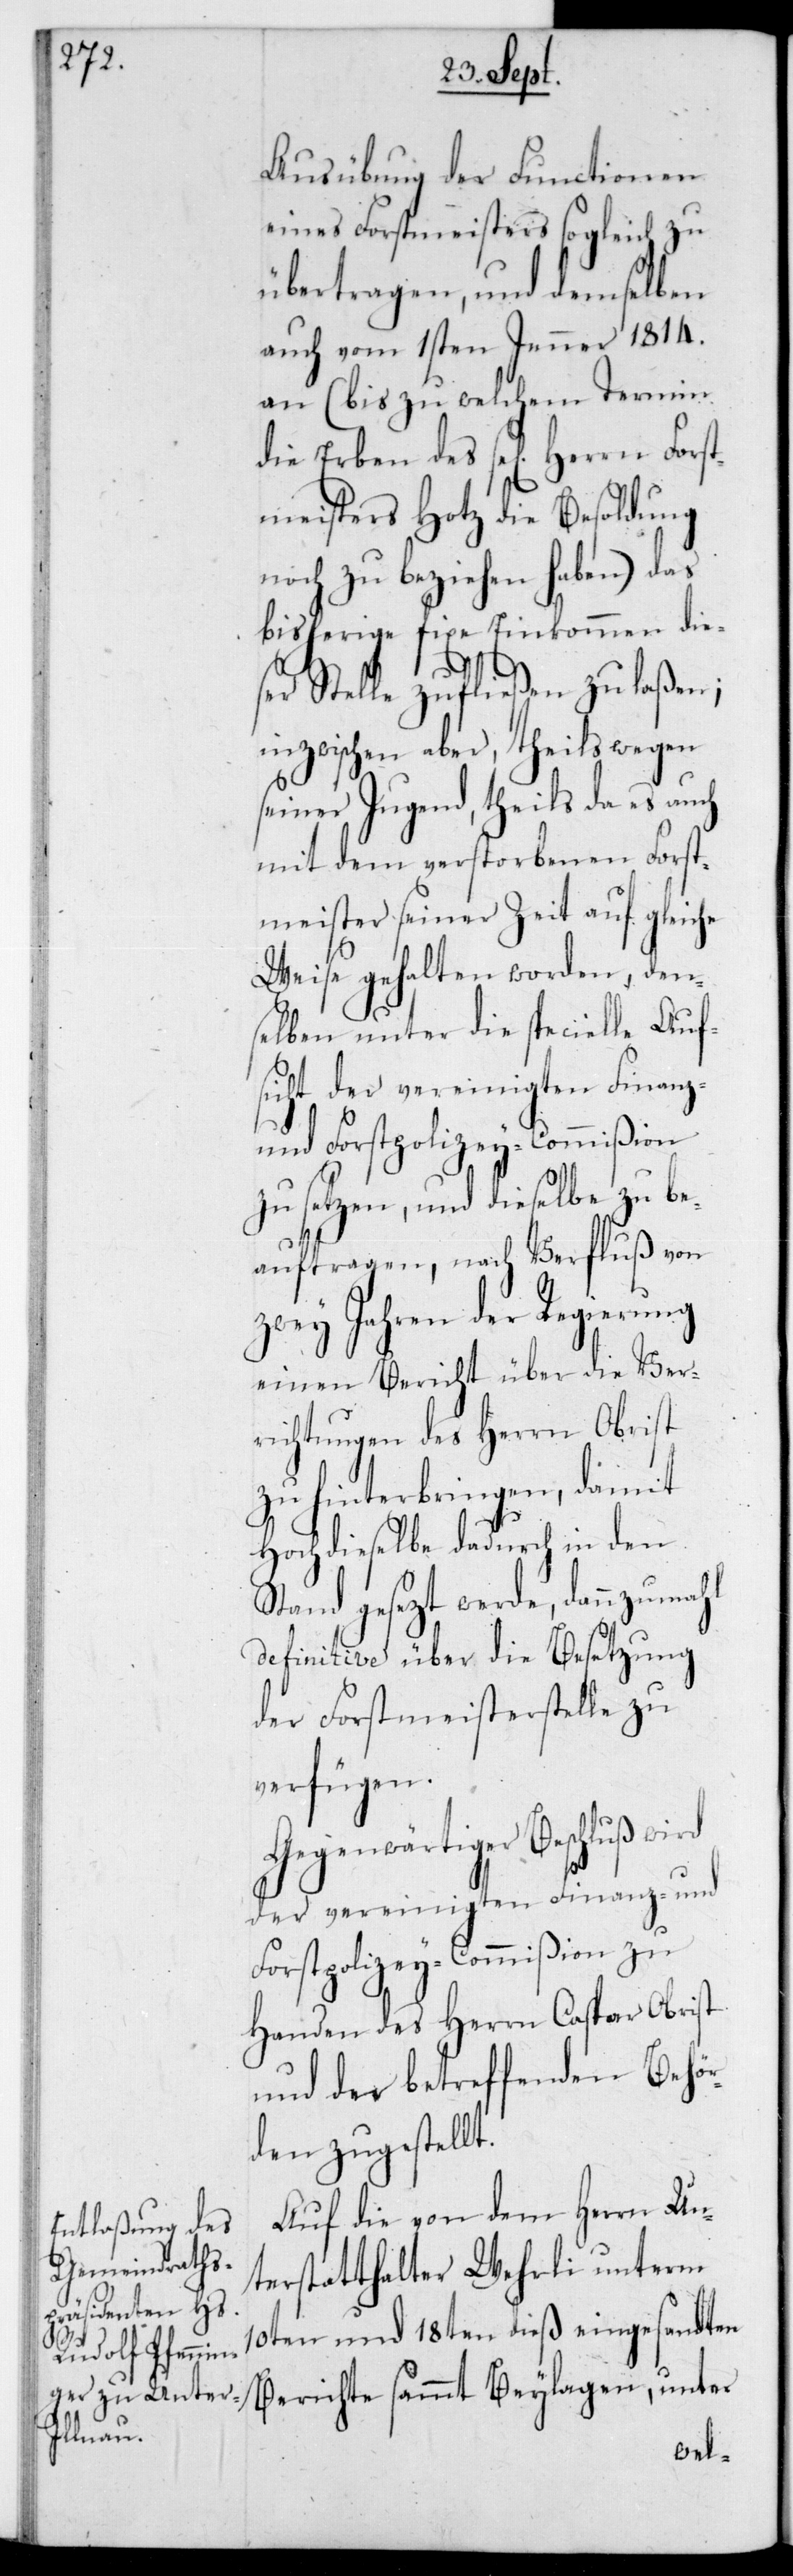
n Forst¬
Ausübung der Functionen
eines Forstmeisters sogleich zu
übertragen, und demselben
auch vom 1sten Jenner 1814
an (bis zu welchem Termin
die Erben des se[ligen] Herr¬
meisters Hotz die Besoldung
noch zu beziehen haben) das
bisherige fixe Einkommen dies¬
er Stelle zufließen zu laßen;
inzwischen aber, theils wegen
seiner Jugend, theils da es auch
mit dem verstorbenen Forst¬
meister seiner Zeit auf gleiche
Weise gehalten worden, den¬
selben unter die specielle Auf¬
sicht der vereinigten Finanz-
und Forstpolizey-Commißion
zu setzen, und dieselbe zu be¬
auftragen, nach Verfluß von
zwey Jahren der Regierung
einen Bericht über die Ver¬
richtungen des Herrn Obrist
zu hinterbringen, damit
Hochdieselbe dadurch in den
Stand gesetzt werde, dannzumahl
definitive über die Besetzung
der Forstmeisterstelle zu
verfügen.
Gegenwärtiger Beschluß wi¬
rd der vereinigten Finanz- und
Forstpolizey-Commißion zu
Handen des Herrn Caspar Obrist
und der betreffenden Behör¬
den zugestellt.
Auf die von dem Herrn Un¬
terstatthalter Wehrli unterm
10ten und 18ten dieß eingesandten
Berichte sammt Beylagen, unter